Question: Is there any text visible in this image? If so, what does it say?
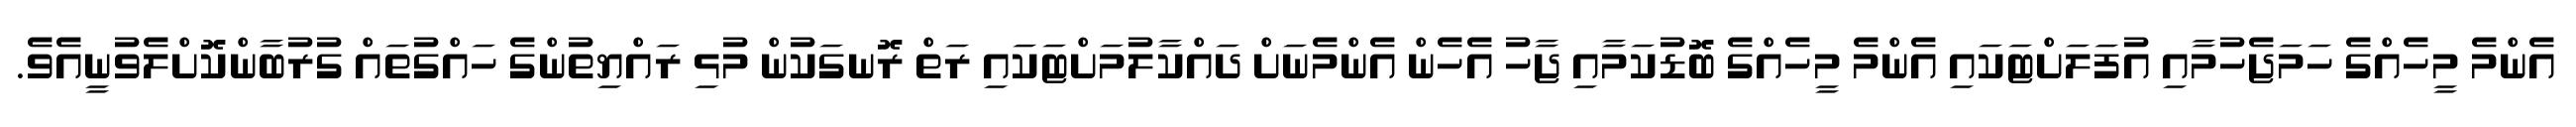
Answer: އެންމެ މީހެއްގެ ހަމަޖެހުމާއި އުފަލަށްޓަކައި އެންމެ މީހެއްގެ ބޮޑުކަމާއި ޖާހު އެހެން އެންމެނަށް ދައްކާލުމަށްޓަކައި ރަތް ރޮނގަކުން މުޅި ރައްޔިތުންގެ ހައްގުތައް ގުރުބާންކޮށްލެވުނީއެވެ.